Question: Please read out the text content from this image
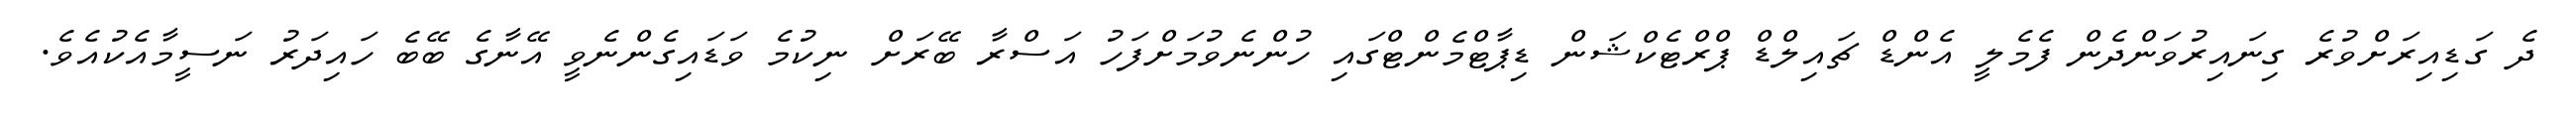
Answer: ދެ ގަޑިއިރަށްވުރެ ގިނައިރުވަންދެން ފެމެލީ އެންޑް ޗައިލްޑް ޕްރްޓެކްޝަން ޑިޕާޓްމެންޓްގައި ހުންނެވުމަށްފަހު އަސްރާ ބޭރަށް ނިކުމެ ވަޑައިގެންނެވީ އޭނާގެ ބޭބެ ހައިދަރު ނަސީމާއެކުއެވެ.